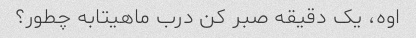
اوه، یک دقیقه صبر کن درب ماهیتابه چطور؟